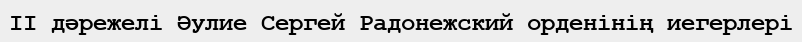
II дәрежелі Әулие Сергей Радонежский орденінің иегерлері